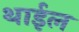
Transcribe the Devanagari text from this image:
थाईल